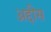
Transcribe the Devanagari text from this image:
अद्दीस